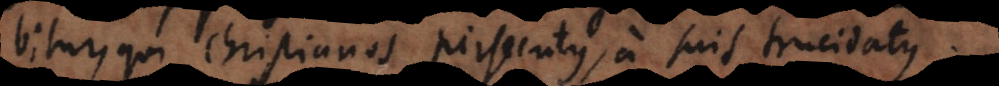
qui Christianos persecutus, a suis trucidatus.